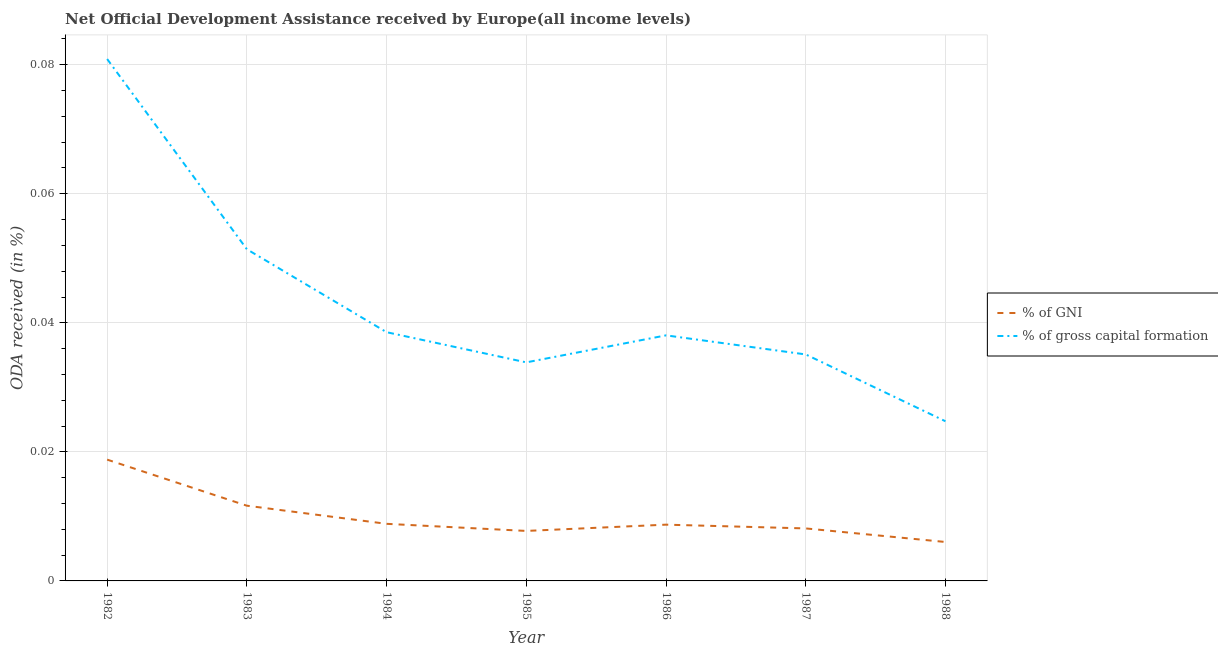
| Year | % of GNI | % of gross capital formation |
 | --- | --- | --- |
 | 1982 | 0.0188 | 0.0809 |
 | 1983 | 0.0117 | 0.0514 |
 | 1984 | 0.00885 | 0.0386 |
 | 1985 | 0.00775 | 0.0339 |
 | 1986 | 0.00872 | 0.0381 |
 | 1987 | 0.00814 | 0.0351 |
 | 1988 | 0.00604 | 0.0247 |